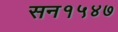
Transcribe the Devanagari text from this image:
सन१५४७